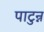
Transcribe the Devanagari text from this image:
पाटुन्न